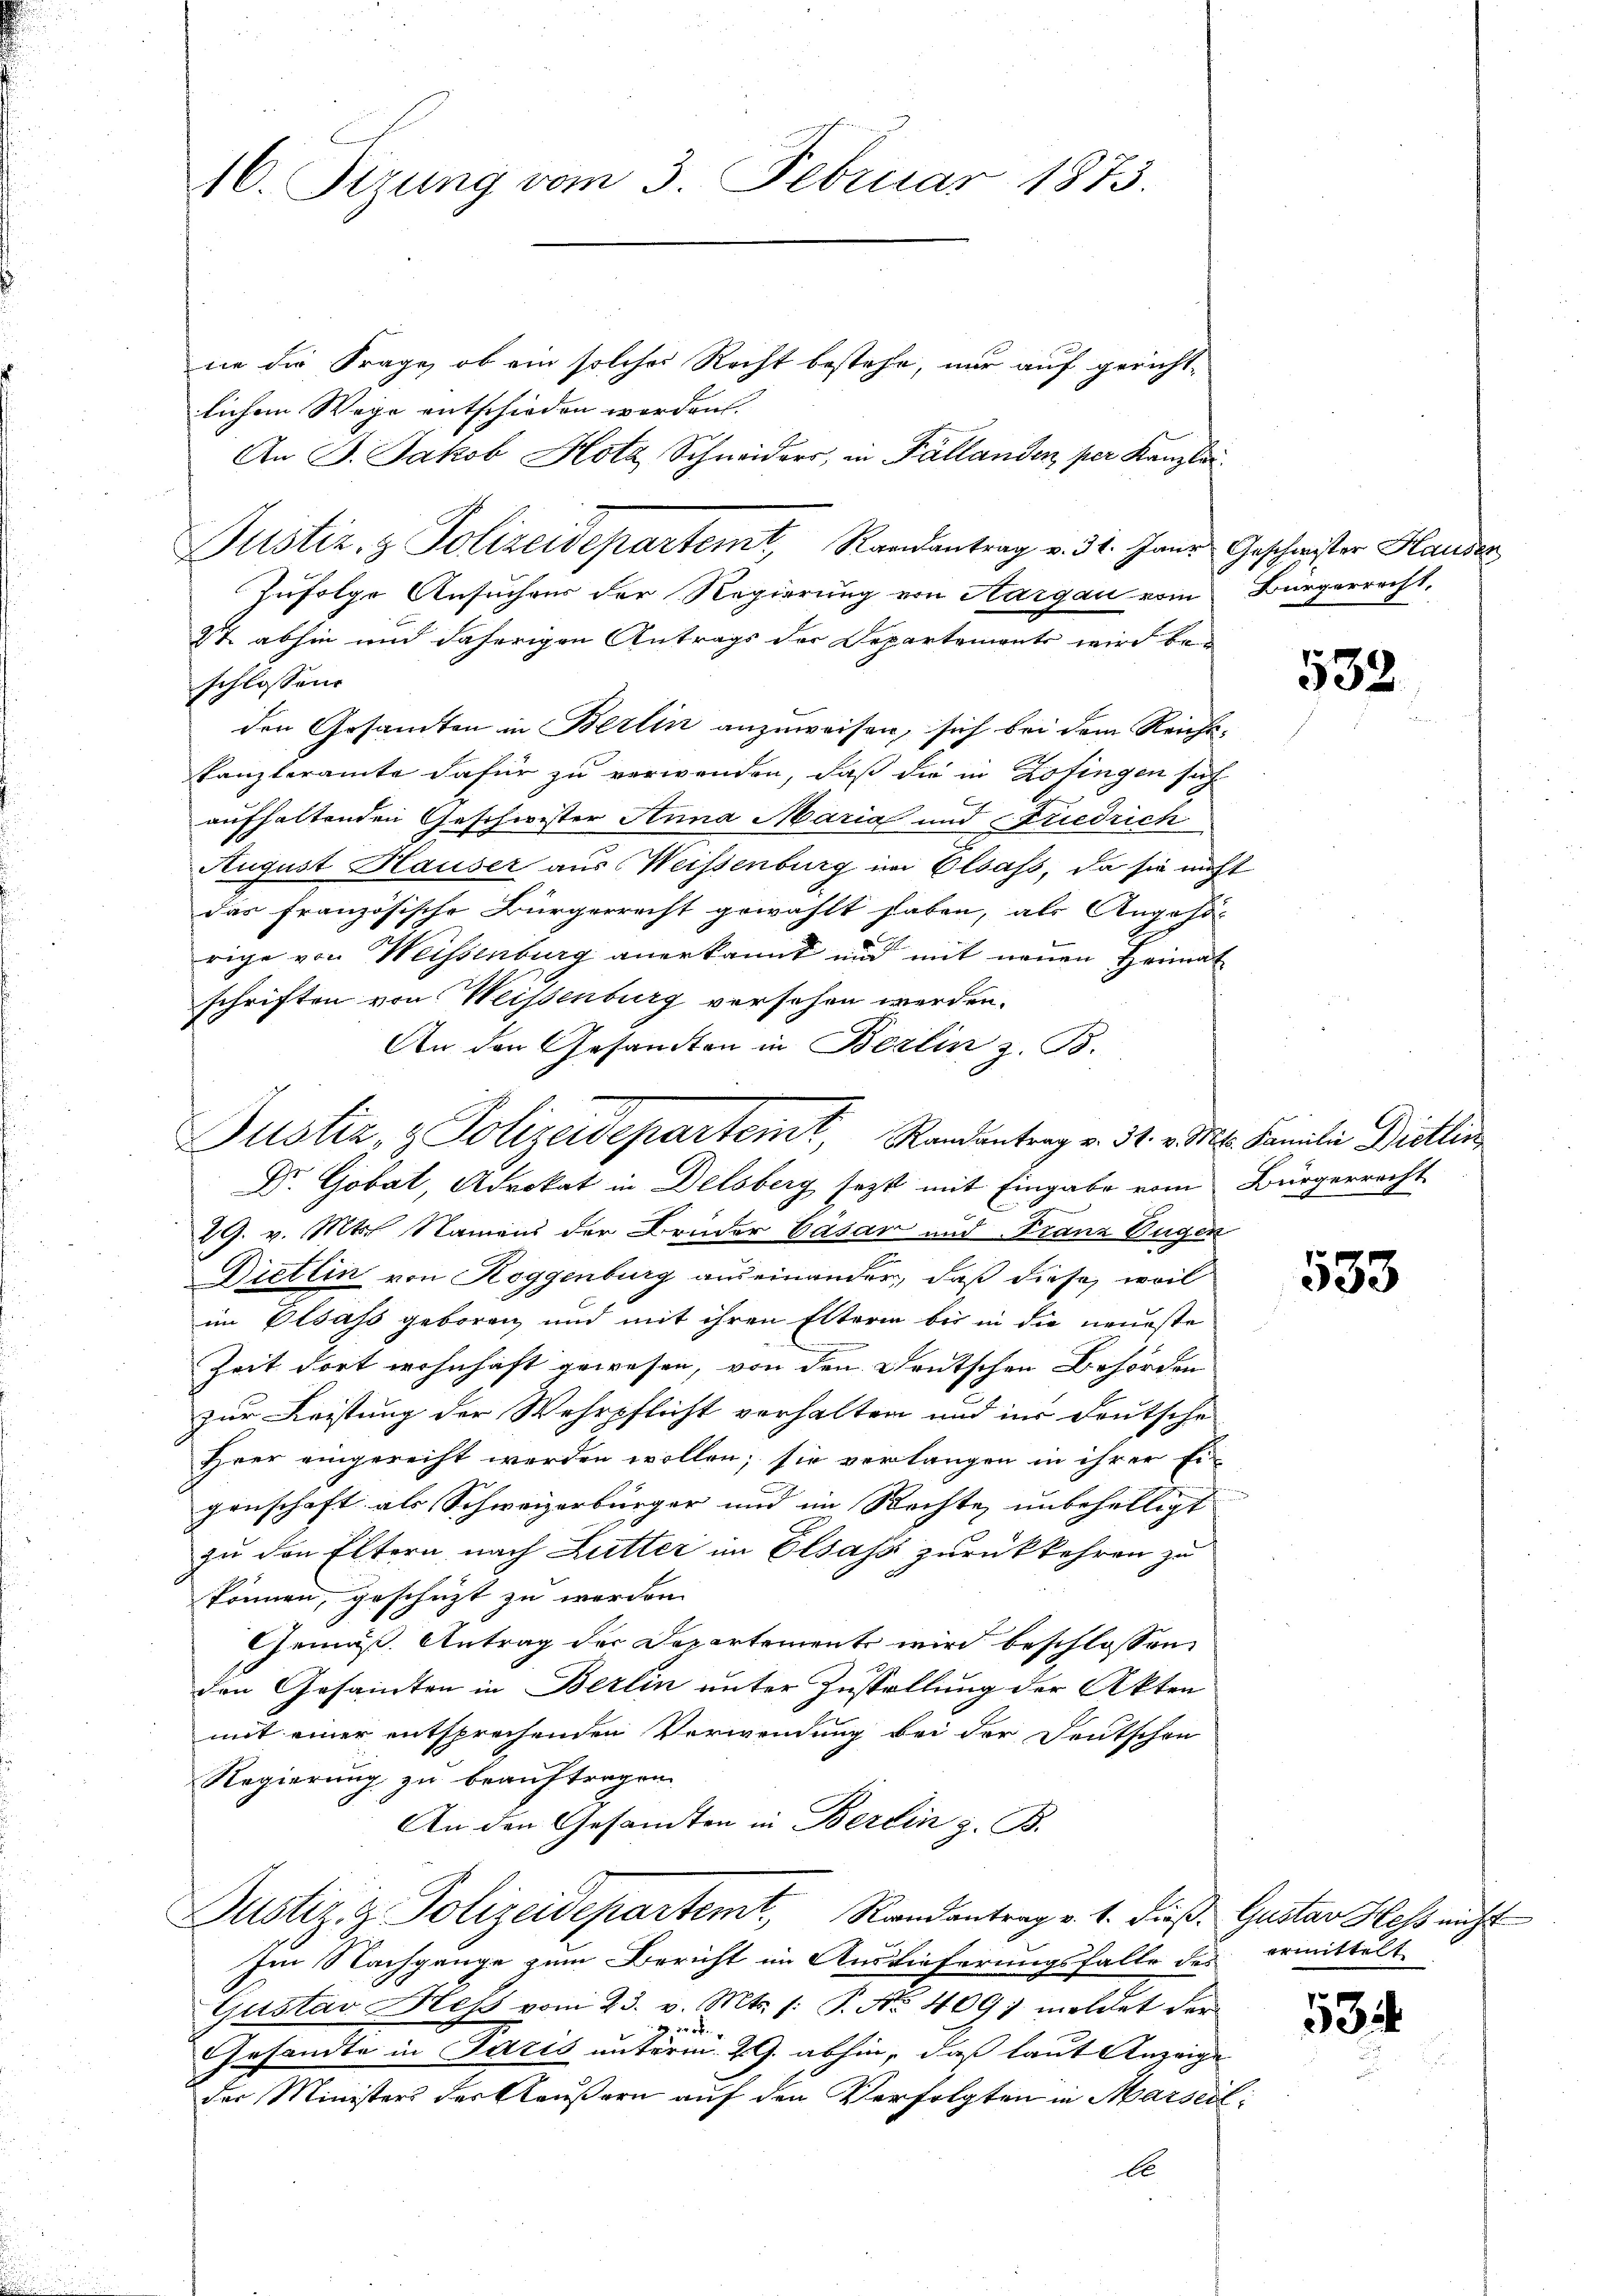
16. Tizung vom 3. Februar 1873.

ne die Frage, ob ein solches Recht bestehe, nur auf gerichtlichen Wege entschieden worden.
An B. Jakob Hotz Schneiders, in Fällanden per Kanzlei.
Zufolge Ansuchens der Regierung von Aargau vom Bürgerrecht,
27 abhin und daherigen Antrags der Departements wird beschlossene
den Gesamten in Berlin anzuweisen, sich bei dem Reichtkanzleramte dafür zu verwenden, daß die in Zofingen sich
aufhaltenden Geschwister Anna Maria und Friedrich
August Hauser aus Weissenburg im Elsass, da sie nicht
das französische Bürgerrecht gewählt haben, als Angehör
rige von Weissenburg anerkannt und mit neuen Heimat
schriften von Weisenburg versehen werden.
An den Gesandten in Berlin z. B.
Dr Gobat, Advokat in Delsberg setzt mit Eingabe vom Bürgerrecht
29. v. Mts. Namens der Bruder Gasar und Franz Eugen
Dietlin von Roggenburg auseinander, daß diese, weil
im Elsass geboren und mit ihren Elterin bis in die neueste
Zeit dort wohnhaft gewesen, von den Deutschen Behörden
zur Leistung der Wehrpflicht verhalten und ins deutsche
Heer eingerecht werden wollen; sie verlangen in ihrer Ei-
genschaft als Schweizerbürger und im Rechte unbehelligt
zu den Eltern nach Lutter im Elsass zurückkehren zu
können, geschüzt zu werden.
Gemäß Antrag der Departement wird beschlossen,
den Gesamten in Berlin unter Zustellung der Akten
mit einer entsprechenden Verwendung bei der Deutschen
Regierung zu beauftragen.
An den Gesandten in Berlin z. B.
Justiz & Polizeidepartemt, Randantrag v. 1. dieß. Gustav Hess nicht
Im Nachgange zum Bericht im Auslieferungsfalle des
Gustav Hess vom 23. v. Mts. /: P. No 409; meldet der
o
d
Gesandte in Paris unterm 29. abhin, daß laut Anzeige
der Ministers der Reußern auf den Verfolgten in Marseil:
be

Justiz- & Polizeidepartemt, Randantrag v. 31. Jans Geschwister Hausen

Justiz- & Polizeideparteint, Randantrag v. 31. v. Mts. Familie Dietlic

532
.

533

ermittelt

3